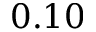
0 . 1 0